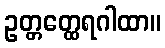
ဥတ္တတ္ထေရဂါထာ။